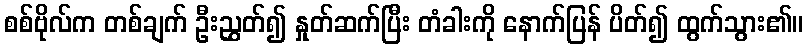
စစ်ဗိုလ်က တစ်ချက် ဦးညွှတ်၍ နှုတ်ဆက်ပြီး တံခါးကို နောက်ပြန် ပိတ်၍ ထွက်သွား၏။